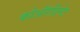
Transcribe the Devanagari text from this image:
कोऑरडिनेट